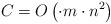
LaTeX: \begin{align*}C_{} = O\left( \cdot m \cdot n^2 \right)\end{align*}